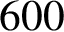
6 0 0